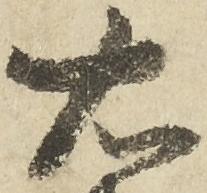
右